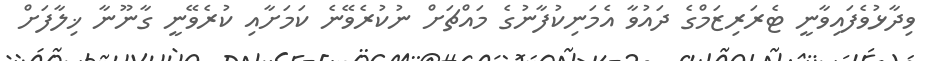
ވިދާޅުވެފައިވާނީ ޓެރަރިޒަމްގެ ދައުވާ އެމަނިކުފާނުގެ މައްޗަށް ނުކުރެވޭނެ ކަމަށާއި ކުރެވޭނީ ގާނޫނާ ޚިލާފަށް